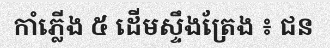
កាំភ្លើង ៥ ដើមស្ទឹងត្រែង ៖ ជន